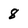
Character: 8